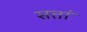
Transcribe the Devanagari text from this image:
सत्तां